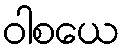
ဝါစယေ